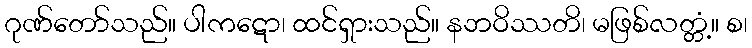
ဂုဏ်တော်သည်။ ပါကဋော၊ ထင်ရှားသည်။ နဘဝိဿတိ၊ မဖြစ်လတ္တံ့။ စ၊